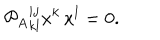
{ \cal P } _ { A } { } _ { k l } ^ { i j } x ^ { k } \, x ^ { l } = 0 .